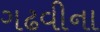
ગઢવીના